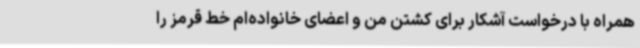
همراه با درخواست آشکار برای کشتن من و اعضای خانواده‌ام خط قرمز را